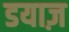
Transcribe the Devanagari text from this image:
डयाज़